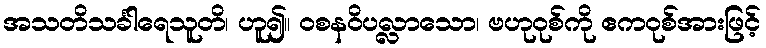
အသတိသင်္ခါရေသူတိ၊ ဟူ၍။ ဝစနဝိပလ္လာသော၊ ဗဟုဝုစ်ကို ဧကဝုစ်အားဖြင့်